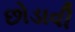
છોડાવી